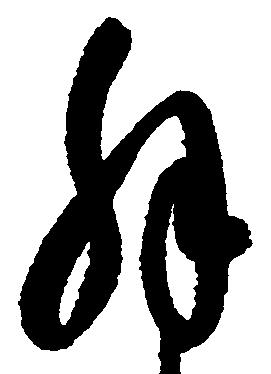
解